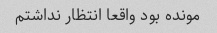
مونده بود واقعا انتظار نداشتم